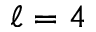
\ell = 4